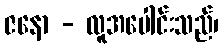
ဇနော - လူအပေါင်းသည်၊